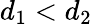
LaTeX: d_{1}<d_{2}